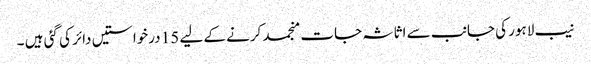
نیب لاہور کی جانب سے اثاثہ جات منجمد کرنے کے لیے 15 درخواستیں دائر کی گئی ہیں ۔